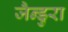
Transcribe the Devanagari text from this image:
जैन्डुरा